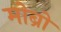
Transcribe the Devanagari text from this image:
मोब्रो